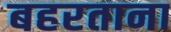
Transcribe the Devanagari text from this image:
बहरताना